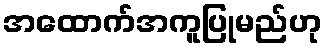
အထောက်အကူပြုမည်ဟု